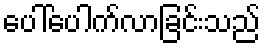
ပေါ်ပေါက်လာခြင်းသည်